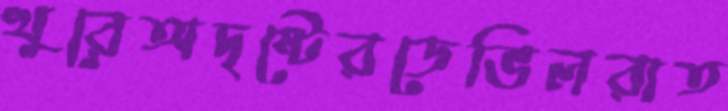
খুরেঅদৃষ্টেরডেভিলরাত